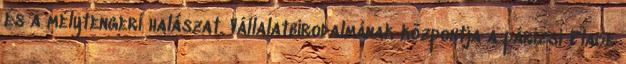
és a mélytengeri halászat. Vállalatbirodalmának központja a párizsi Place